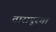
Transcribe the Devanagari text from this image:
तारापूरचा